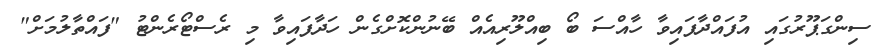
ސިންގަޕޫރުގައި އުފައްދާފައިވާ ހާއްސަ ބޯ ބިއްލޫރިއެއް ބޭނުންކޮށްގެން ހަދާފައިވާ މި ރެސްޓޯރެންޓު "ފައްތާލުމަށް"